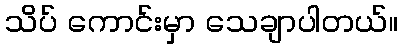
သိပ် ကောင်းမှာ သေချာပါတယ်။